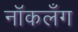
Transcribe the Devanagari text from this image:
नॉकलँग